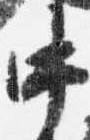
中